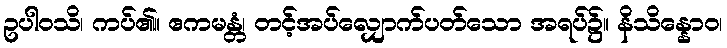
ဥပါဝသိ၊ ကပ်၏။ ဧကမန္တံ၊ တင့်အပ်လျှောက်ပတ်သော အရပ်၌။ နိသိန္နောဝ၊